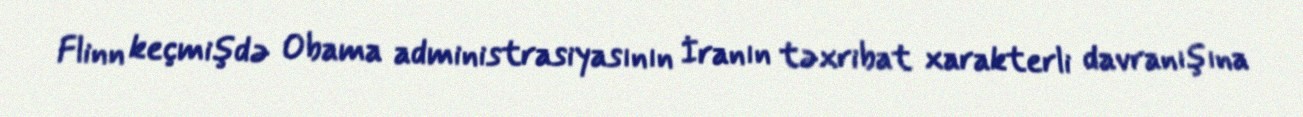
Flinn keçmişdə Obama administrasiyasının İranın təxribat xarakterli davranışına